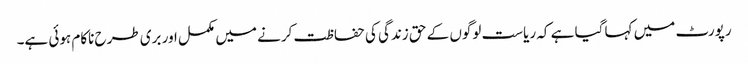
رپورٹ میں کہا گیا ہے کہ ریاست لوگوں کے حق زندگی کی حفاظت کرنے میں مکمل اور بری طرح ناکام ہوئی ہے۔